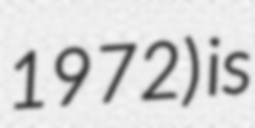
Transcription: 1972) is